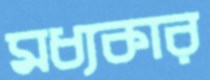
মধ্যকার